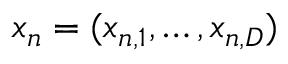
x _ { n } = ( x _ { n , 1 } , \ldots , x _ { n , D } )